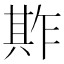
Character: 𠔫